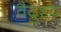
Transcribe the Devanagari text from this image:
वैदुश्य